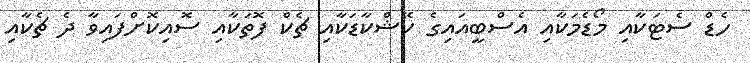
ހެޑް ސެޓަކާއި މޯޑެމަކާއި އެސްބީއައިގެ ކޭޝްކާޑަކާއި ޗެކް ފޮތަކާއި ސޮއިކޮށްފައިވާ ދެ ޗެކާއި